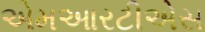
એમઆરટીએસ